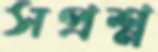
সপ্রশ্ন